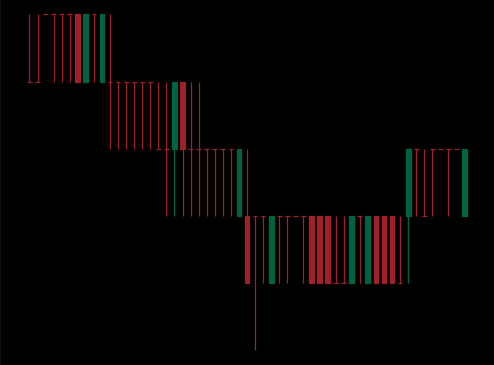
Pattern: bull_flag